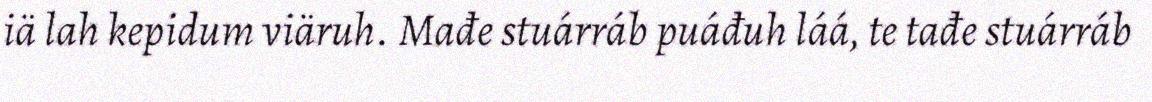
iä lah kepidum viäruh. Mađe stuárráb puáđuh láá, te tađe stuárráb